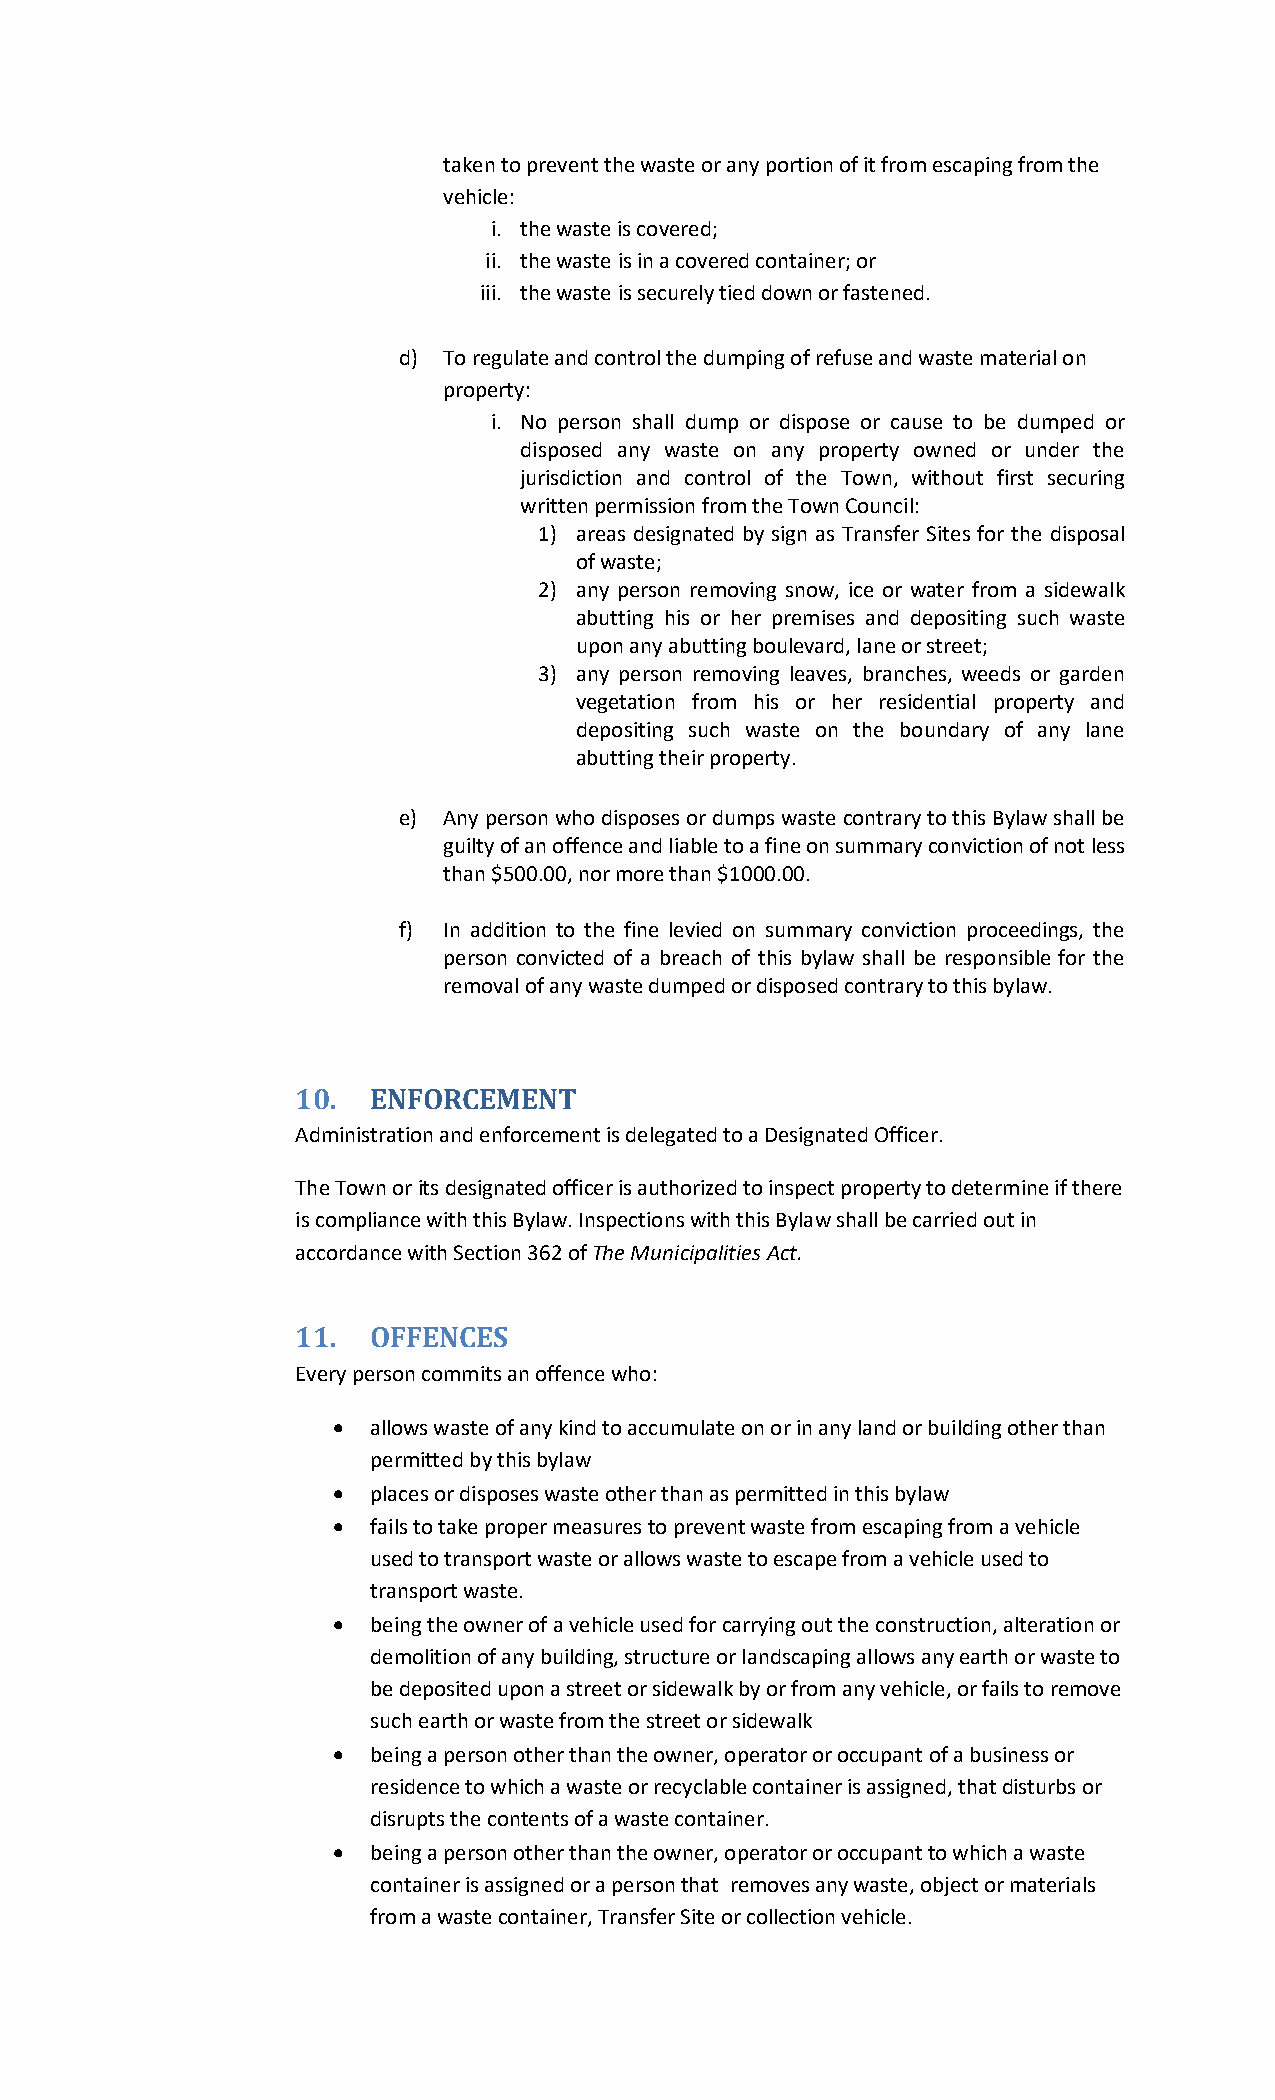
taken to prevent the waste or any portion of it from escaping from the
 vehicle:
 i. the waste is covered;
 ii. the waste is in a covered container; or
 iii. the waste is securely tied down or fastened.
 d) To regulate and control the dumping of refuse and waste material on
 property:
 i. No person shall dump or dispose or cause to be dumped or
 disposed any waste on any property owned or under the
 jurisdiction and control of the Town, without first securing
 written permission from the Town Council:
 1) areas designated by sign as Transfer Sites for the disposal
 of waste;
 2) any person removing snow, ice or water from a sidewalk
 abutting his or her premises and depositing such waste
 upon any abutting boulevard, lane or street;
 3) any person removing leaves, branches, weeds or garden
 vegetation from his or her residential property and
 depositing such waste on the boundary of any lane
 abutting their property.
 e) Any person who disposes or dumps waste contrary to this Bylaw shall be
 guilty of an offence and liable to a fine on summary conviction of not less
 than $500.00, nor more than $1000.00.
 f) In addition to the fine levied on summary conviction proceedings, the
 person convicted of a breach of this bylaw shall be responsible for the
 removal of any waste dumped or disposed contrary to this bylaw.
 10.  ENFORCEMENT
 Administration and enforcement is delegated to a Designated Officer.
 The Town or its designated officer is authorized to inspect property to determine if there
 is compliance with this Bylaw. Inspections with this Bylaw shall be carried out in
 accordance with Section 362 of The Municipalities Act.
 11.  OFFENCES
 Every person commits an offence who:
   allows waste of any kind to accumulate on or in any land or building other than
 permitted by this bylaw
   places or disposes waste other than as permitted in this bylaw
   fails to take proper measures to prevent waste from escaping from a vehicle
 used to transport waste or allows waste to escape from a vehicle used to
 transport waste.
   being the owner of a vehicle used for carrying out the construction, alteration or
 demolition of any building, structure or landscaping allows any earth or waste to
 be deposited upon a street or sidewalk by or from any vehicle, or fails to remove
 such earth or waste from the street or sidewalk
   being a person other than the owner, operator or occupant of a business or
 residence to which a waste or recyclable container is assigned, that disturbs or
 disrupts the contents of a waste container.
   being a person other than the owner, operator or occupant to which a waste
 container is assigned or a person that removes any waste, object or materials
 from a waste container, Transfer Site or collection vehicle.